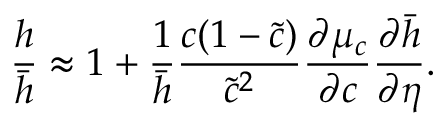
\frac { h } { \bar { h } } \approx 1 + \frac { 1 } { \bar { h } } \frac { c ( 1 - \tilde { c } ) } { \tilde { c } ^ { 2 } } \frac { \partial \mu _ { c } } { \partial c } \frac { \partial \bar { h } } { \partial \eta } .